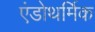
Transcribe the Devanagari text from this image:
एंडोथर्मिक